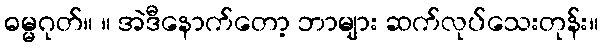
ဓမ္မဂုတ်။ ။ အဲဒီနောက်တော့ ဘာများ ဆက်လုပ်သေးတုန်း။